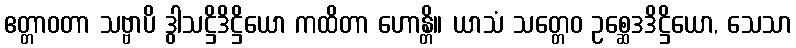
ဧတ္တာဝတာ သဗ္ဗာပိ ဒွါသဋ္ဌိဒိဋ္ဌိယော ကထိတာ ဟောန္တိ။ ယာသံ သတ္တေဝ ဥစ္ဆေဒဒိဋ္ဌိယော, သေသာ